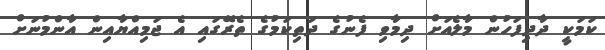
ކަމަކީ ދާދިފަހުން މާލެއަށް ދިމާވި ފެނުގެ ދަތިކަމުގެ ތެރޭގައި އެ ޖަމިއްޔާއިން އާންމުނަށް